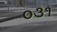
૦૩૧